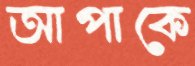
আপাকে